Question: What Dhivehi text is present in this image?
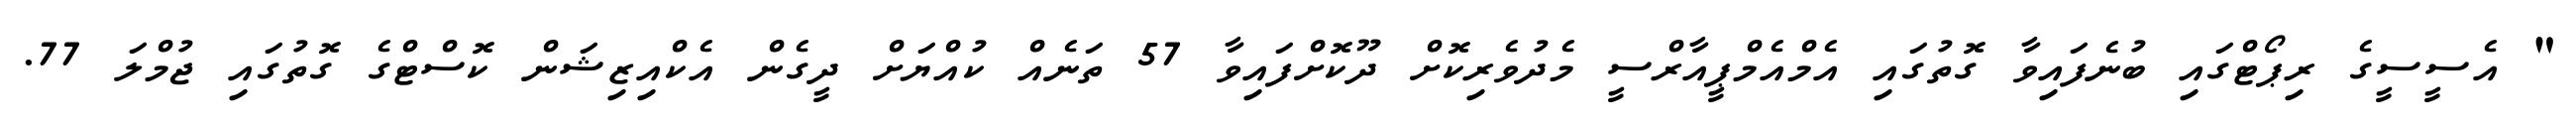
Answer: " އެސީސީގެ ރިޕޯޓްގައި ބުނެފައިވާ ގޮތުގައި އެމްއެމްޕީއާރްސީ މެދުވެރިކޮށް ދޫކޮށްފައިވާ 57 ތަނެއް ކުއްޔަށް ދީގެން އެކްއިޒިޝަން ކޮސްޓްގެ ގޮތުގައި ޖުމްލަ 77.